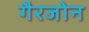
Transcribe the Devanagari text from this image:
गैरजोन